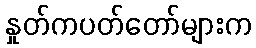
နှုတ်ကပတ်တော်များက